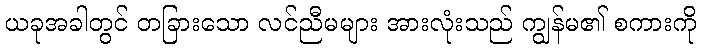
ယခုအခါတွင် တခြားသော လင်ညီမများ အားလုံးသည် ကျွန်မ၏ စကားကို